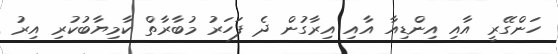
ހަންގޭރީ އާއި އިންޑިއާ އާއި އިރާގުން ދެ ފަހަރު މުބާރާތް ކާމިޔާބުކުރި އިރު